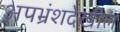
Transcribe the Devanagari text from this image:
अपभ्रंशदेखील